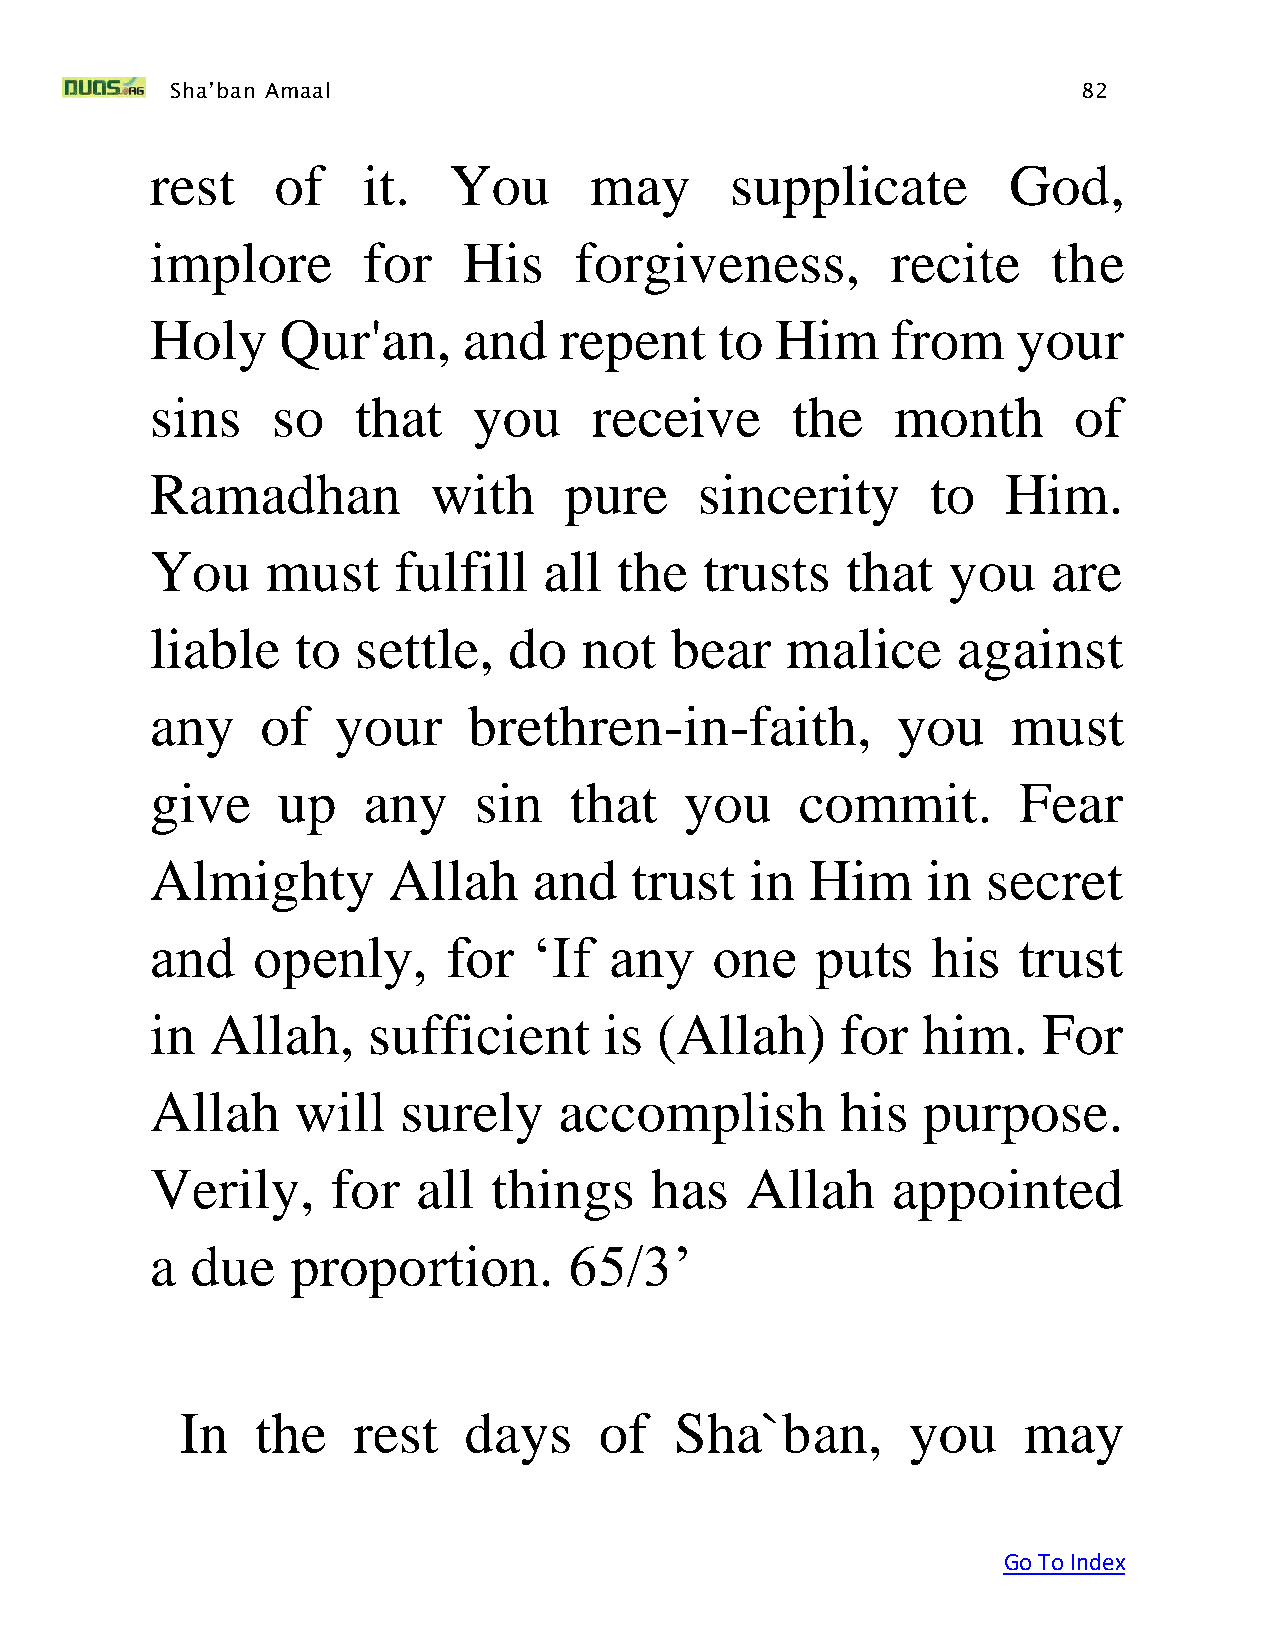
Sha’ban Amaal                                                82
 rest    of    it.   You      may      supplicate         God,
 implore       for    His    forgiveness,         recite     the
 Holy    Qur'an,      and   repent     to Him     from    your
 sins    so   that    you     receive      the    month       of
 Ramadhan           with    pure     sincerity       to   Him.
 You     must    fulfill   all  the   trusts   that   you    are
 liable    to  settle,   do  not   bear    malice     against
 any    of   your     brethren-in-faith,          you     must
 give    up    any    sin    that   you     commit.       Fear
 Almighty        Allah    and    trust   in  Him    in  secret
 and    openly,      for  ‘If  any    one    puts    his  trust
 in  Allah,    sufficient      is (Allah)      for  him.    For
 Allah     will   surely    accomplish         his  purpose.
 Verily,     for   all  things    has   Allah     appointed
 a  due   proportion.        65/3’
 In   the   rest    days     of   Sha`ban,       you     may
 Go To Index